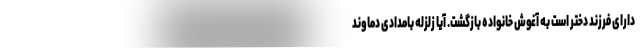
دارای فرزند دختر است به آغوش خانواده بازگشت. آیا زلزله بامدادی دماوند